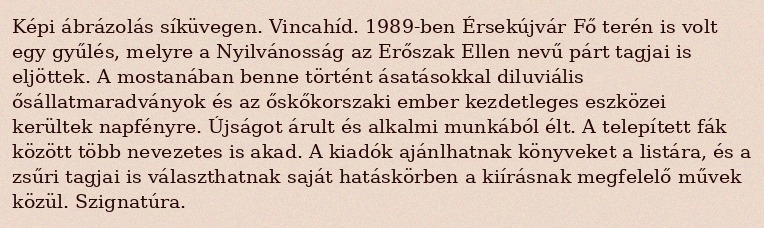
Képi ábrázolás síküvegen. Vincahíd. 1989-ben Érsekújvár Fő terén is volt egy gyűlés, melyre a Nyilvánosság az Erőszak Ellen nevű párt tagjai is eljöttek. A mostanában benne történt ásatásokkal diluviális ősállatmaradványok és az őskőkorszaki ember kezdetleges eszközei kerültek napfényre. Újságot árult és alkalmi munkából élt. A telepített fák között több nevezetes is akad. A kiadók ajánlhatnak könyveket a listára, és a zsűri tagjai is választhatnak saját hatáskörben a kiírásnak megfelelő művek közül. Szignatúra.